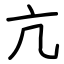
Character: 亢